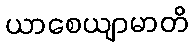
ယာစေယျာမာတိ